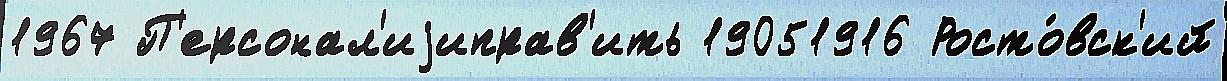
1967 П'ерсонал'иjиправ'ить 19051916 Росто́вск'ий